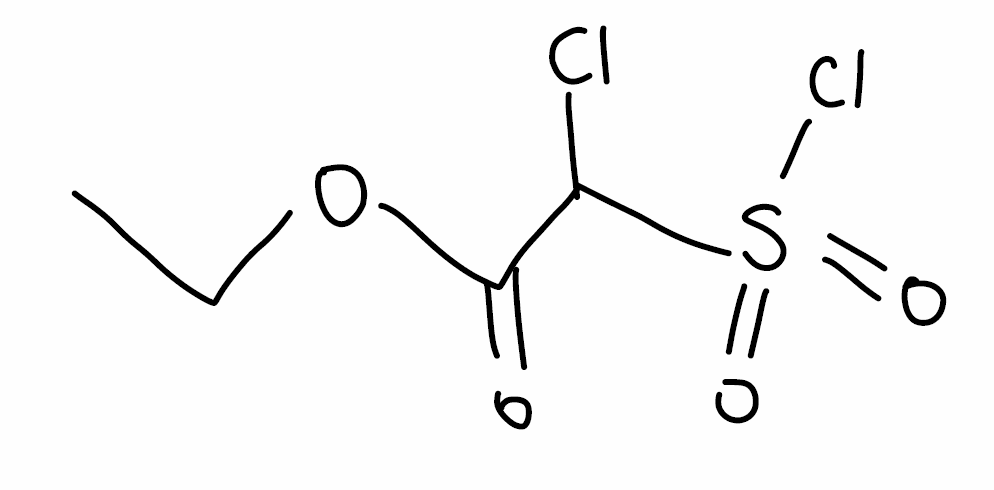
Simplified molecular-input line-entry system (SMILES) notation of the given molecule:
CCOC(=O)C(S(=O)(=O)Cl)Cl